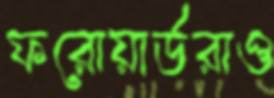
ফরোয়ার্ডরাও